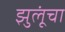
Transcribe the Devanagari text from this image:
झुलूंचा